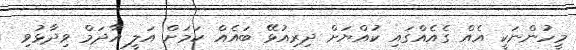
މީހުންނަކީ އެއް ގެއެއްގައި ކުއްޔަށް ދިރިއުޅޭ ބައެއް ކަމަށް އަލީ އާދަމް ވިދާޅުވި